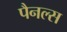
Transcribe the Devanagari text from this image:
पैनल्स